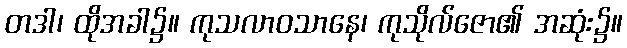
တဒါ၊ ထိုအခါ၌။ ကုသလာဝသာနေ၊ ကုသိုလ်ဇော၏ အဆုံး၌။